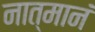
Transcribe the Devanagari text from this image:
नात्मानं